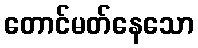
တောင်မတ်နေသော